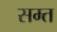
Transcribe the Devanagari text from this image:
सम्त